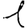
Digit: 1